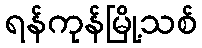
ရန်ကုန်မြို့သစ်